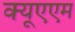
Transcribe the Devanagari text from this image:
क्यूएएम